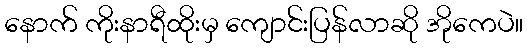
နောက် ကိုးနာရီထိုးမှ ကျောင်းပြန်လာဆို အိုကေပဲ။